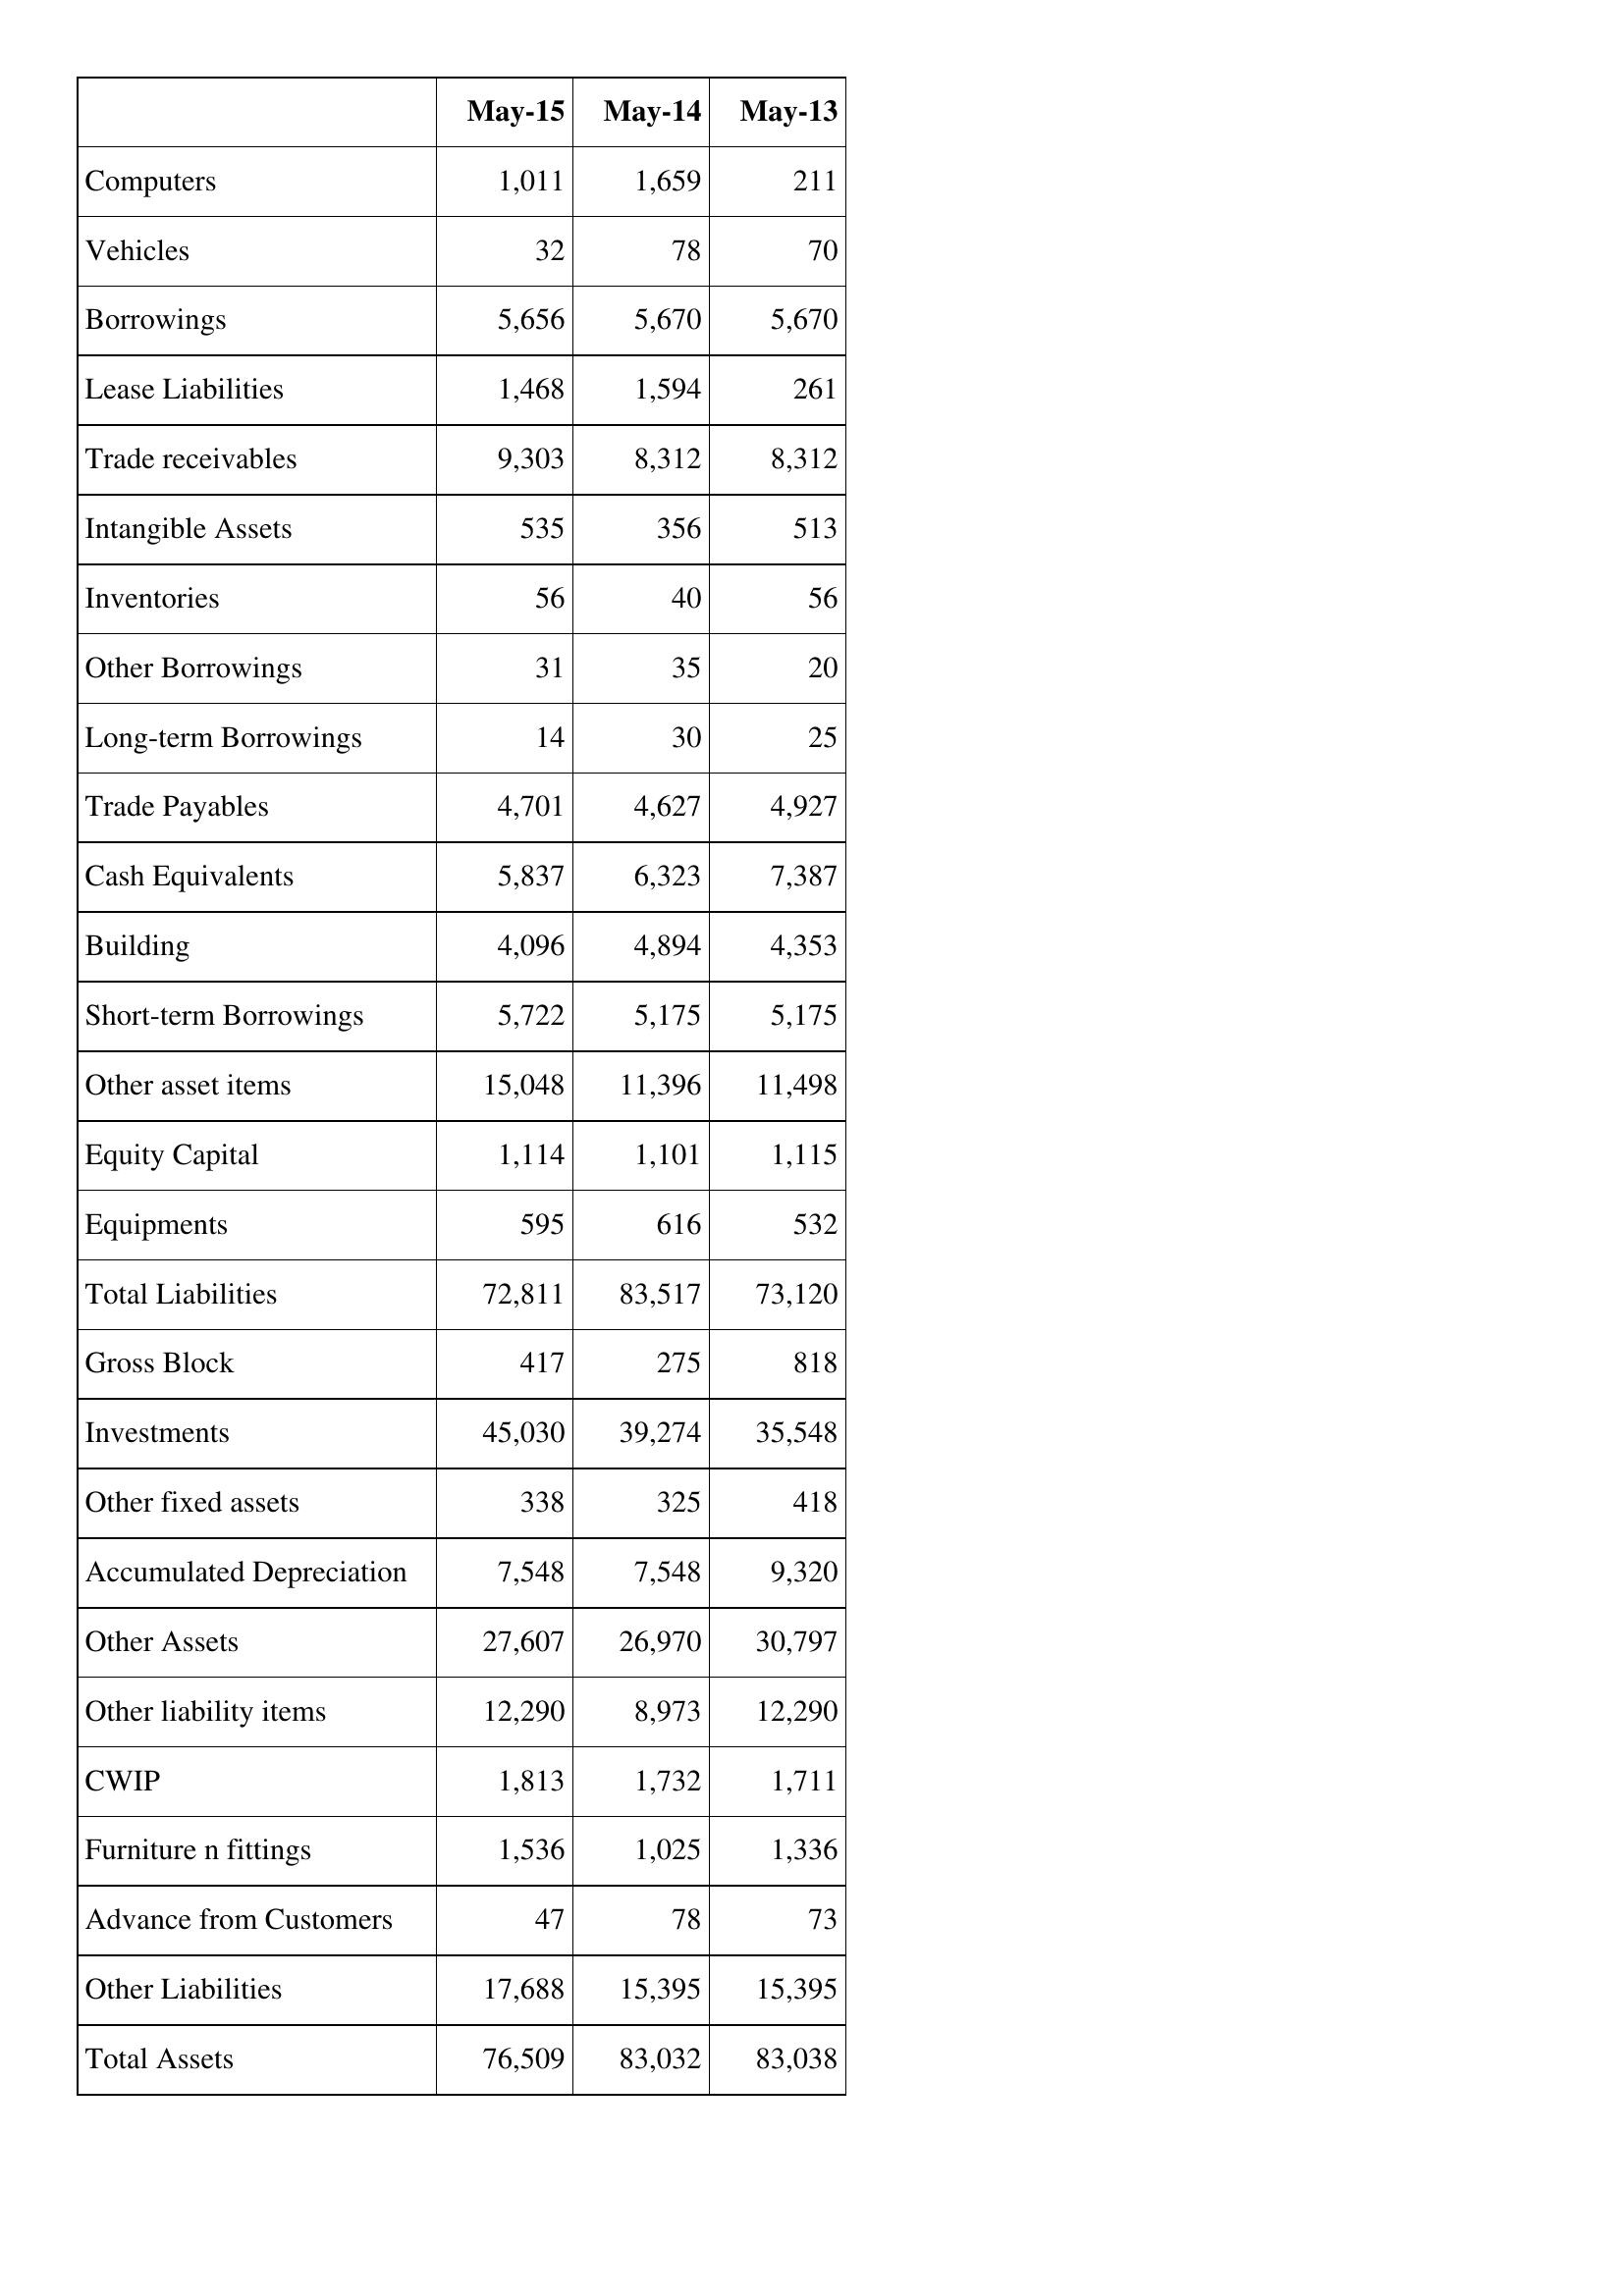
May-15: Balance Sheet: Computers: 1,011
Vehicles: 32
Borrowings: 5,656
Lease Liabilities: 1,468
Trade receivables: 9,303
Intangible Assets: 535
Inventories: 56
Other Borrowings: 31
Long-term Borrowings: 14
Trade Payables: 4,701
Cash Equivalents: 5,837
Building: 4,096
Short-term Borrowings: 5,722
Other asset items: 15,048
Equity Capital: 1,114
Equipments: 595
Total Liabilities: 72,811
Gross Block: 417
Investments: 45,030
Other fixed assets: 338
Accumulated Depreciation: 7,548
Other Assets: 27,607
Other liability items: 12,290
CWIP: 1,813
Furniture n fittings: 1,536
Advance from Customers: 47
Other Liabilities: 17,688
Total Assets: 76,509
May-14: Balance Sheet: Computers: 1,659
Vehicles: 78
Borrowings: 5,670
Lease Liabilities: 1,594
Trade receivables: 8,312
Intangible Assets: 356
Inventories: 40
Other Borrowings: 35
Long-term Borrowings: 30
Trade Payables: 4,627
Cash Equivalents: 6,323
Building: 4,894
Short-term Borrowings: 5,175
Other asset items: 11,396
Equity Capital: 1,101
Equipments: 616
Total Liabilities: 83,517
Gross Block: 275
Investments: 39,274
Other fixed assets: 325
Accumulated Depreciation: 7,548
Other Assets: 26,970
Other liability items: 8,973
CWIP: 1,732
Furniture n fittings: 1,025
Advance from Customers: 78
Other Liabilities: 15,395
Total Assets: 83,032
May-13: Balance Sheet: Computers: 211
Vehicles: 70
Borrowings: 5,670
Lease Liabilities: 261
Trade receivables: 8,312
Intangible Assets: 513
Inventories: 56
Other Borrowings: 20
Long-term Borrowings: 25
Trade Payables: 4,927
Cash Equivalents: 7,387
Building: 4,353
Short-term Borrowings: 5,175
Other asset items: 11,498
Equity Capital: 1,115
Equipments: 532
Total Liabilities: 73,120
Gross Block: 818
Investments: 35,548
Other fixed assets: 418
Accumulated Depreciation: 9,320
Other Assets: 30,797
Other liability items: 12,290
CWIP: 1,711
Furniture n fittings: 1,336
Advance from Customers: 73
Other Liabilities: 15,395
Total Assets: 83,038